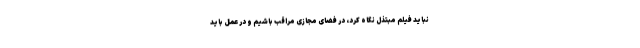
نباید فیلم مبتذل نگاه کرد، در فضای مجازی مراقب باشیم و در عمل باید